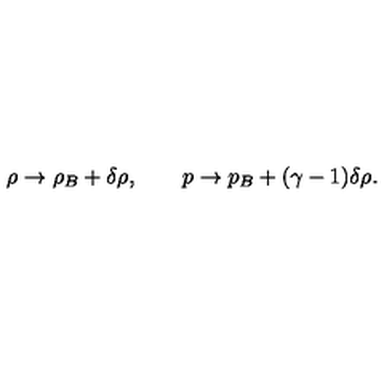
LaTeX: \rho \to \rho _ { B } + \delta \rho , \qquad p \to p _ { B } + ( \gamma - 1 ) \delta \rho .